King Institute of Preventive Medicine Bacteriolog. Section reports 1907-08
Year: 1907
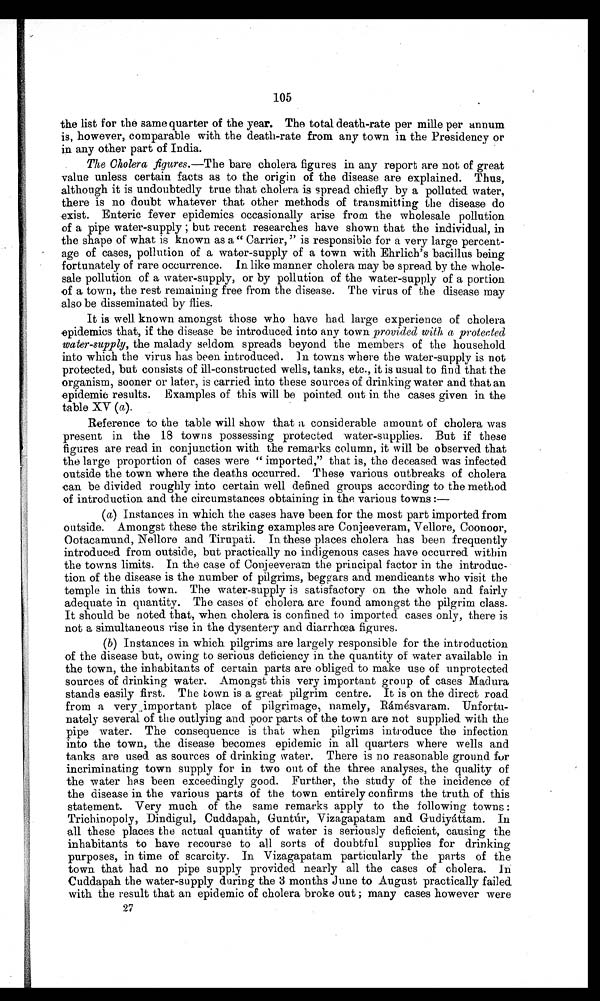
105
the list for the same quarter of the year. The total death-rate per mile per annum
is, however, comparable with the death-rate from any town in the Presidency or
in any other part of India.
The Cholera figures.—The bare cholera figures in any report are not of great
value unless certain facts as to the origin of the disease are explained. Thus,
although it is undoubtedly true that cholera is spread chiefly by a polluted water,
there is no doubt whatever that other methods of transmitting the disease do
exist. Enteric fever epidemics occasionally arise from the wholesale pollution
of a pi pe wat er-suppl y; but recent researches have shown t hat t he i ndi vi dual , i n
the shape of what is known as a" Carrier, " is responsible for a very large percent-
age of cases, pollution of a water-supply of a town with Ehrlich's bacillus being
fortunately of rare occurrence. In like manner cholera may be spread by the whole-
sale pollution of a water-supply, or by pollution of the water-supply of a portion
of a town, the rest remaining free from the disease. The virus of the disease may
also be disseminated by flies.
It is well known amongst those who have had large experience of cholera
epidemics that, if the disease be introduced into any town provided with a proteeted
water supply, the malady seldom spreads beyond the members of the household
into which the virus has been introduced. In towns where the water-supply is not
protected, but consists of ill-constructed wells, tanks, etc., it is usual to find that the
organism, sooner or later, is carried into these sources of drinking water and that an
epidemic results. Examples of this will be pointed out in the cases given in the
table XV (a).
Reference to the table will show that a considerable amount of cholera was
present in the 18 towns possessing protected water-supplies. But if these
figures are read in conjunction with the remarks column, it will be observed that
the large proportion of cases were " imported," that is, the deceased was infected
outside the town where the deaths occurred. These various outbreaks of cholera
can be divided roughly into certain well defined groups according to the method
of introduction and the circumstances obtaining in the various towns :-
(a) Instances in which the cases have been for the most part imported from
outside. Amongst these the striking examples are Conjeeveram, Vellore, Coonoor,
Ootacamund, Nellore and Tirupati. In these places cholera has been frequently
introduced from outside, but practically no indigenous cases have occurred within
the towns limits. In the case of Conjeeveram the principal factor in the introduc-
tion of the disease is the number of pilgrims, beggars and mendicants who visit the
temple in this town. The water-supply is satisfactory on the whole and fairly
adequate in quantity. The cases of cholera are found amongst the pilgrim class.
It should be noted that, when cholera is confined to imported cases only, there is
not a simultaneous rise in the dysentery and diarrhœa figures.
(b) Instances in which pilgrims are largely responsible for the introduction
of the disease but, owing to serious deficiency in the quantity of water available in.
the town, the inhabitants of certain parts are obliged to make use of unprotected
sources of drinking water. Amongst this very important group of cases Madura
stands easily first. The town is a great pilgrim centre. It is on the direct road
from a very . important place of pilgrimage, namely, Rámésvaram. Unfortu-
nately several of the outlying and poor parts of the town are not supplied with the
pipe water. The consequence is that when pilgrims introduce the infection
into the town, the disease becomes epidemic in all quarters where wells and
tanks are used as sources of drinking water. There is no reasonable ground for
incriminating town supply for in two out of the three analyses, the quality of
the water has been exceedingly good. Further, the study of the incidence of
the disease in the various parts of the town entirely confirms the truth of this
statement. Very much of the same remarks apply to the following towns:
Trichinopoly, Dindigul, Cuddapah, Guntúr, Vizagapatam and Gudiyáttam. In
all these places the actual quantity of water is seriously deficient, causing the
inhabitants to have recourse to all sorts of doubtful supplies for drinking
purposes, in time of scarcity. In Vizagapatam particularly the parts of the
town that had no pipe supply provided nearly all the cases of cholera. In
Cuddapah the water-supDly during the 3 months June to August practically failed
with the result that an epidemic of cholera broke out ; many cases however were
27